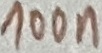
Text: 100n